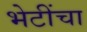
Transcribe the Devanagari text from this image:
भेटींचा